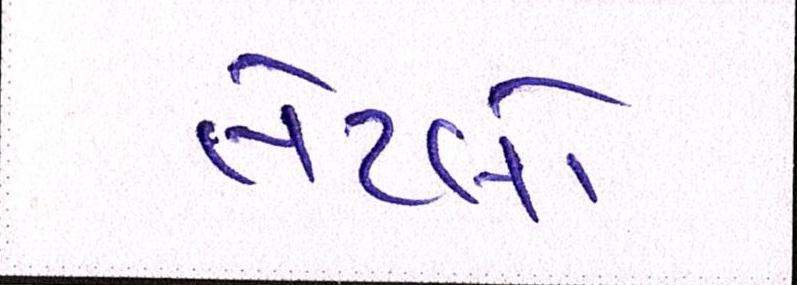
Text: તેટલો